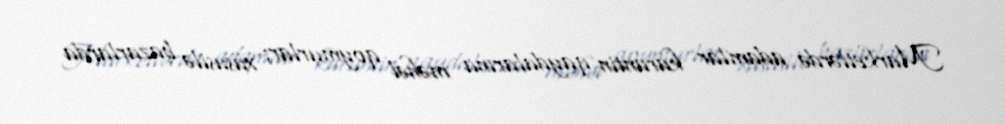
Marketlərdə adamlar karantin qaydalarına məhəl qoymurlar; xüsusilə bazarlarda